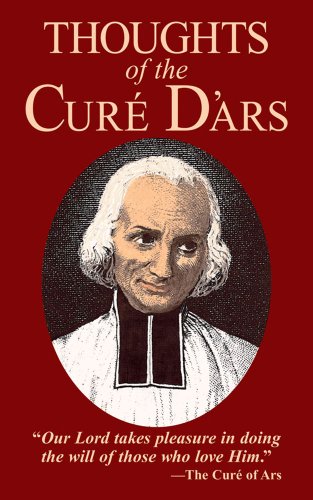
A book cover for Thoughts of the Cure of Ars; St. John Vianney; Christian Books & Bibles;